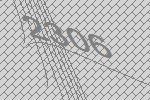
2306